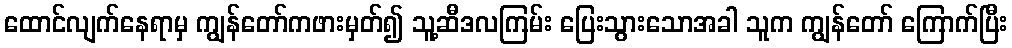
ထောင်လျက်နေရာမှ ကျွန်တော်ကဖားမှတ်၍ သူ့ဆီဒလကြမ်း ပြေးသွားသောအခါ သူက ကျွန်တော် ကြောက်ပြီး